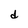
Character: d